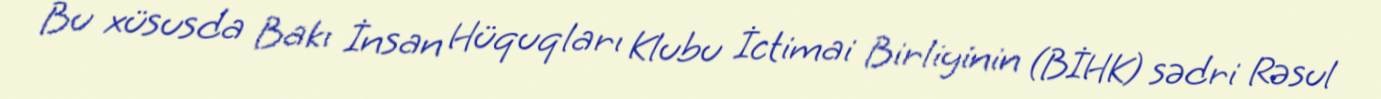
Bu xüsusda Bakı İnsan Hüquqları Klubu İctimai Birliyinin (BİHK) sədri Rəsul